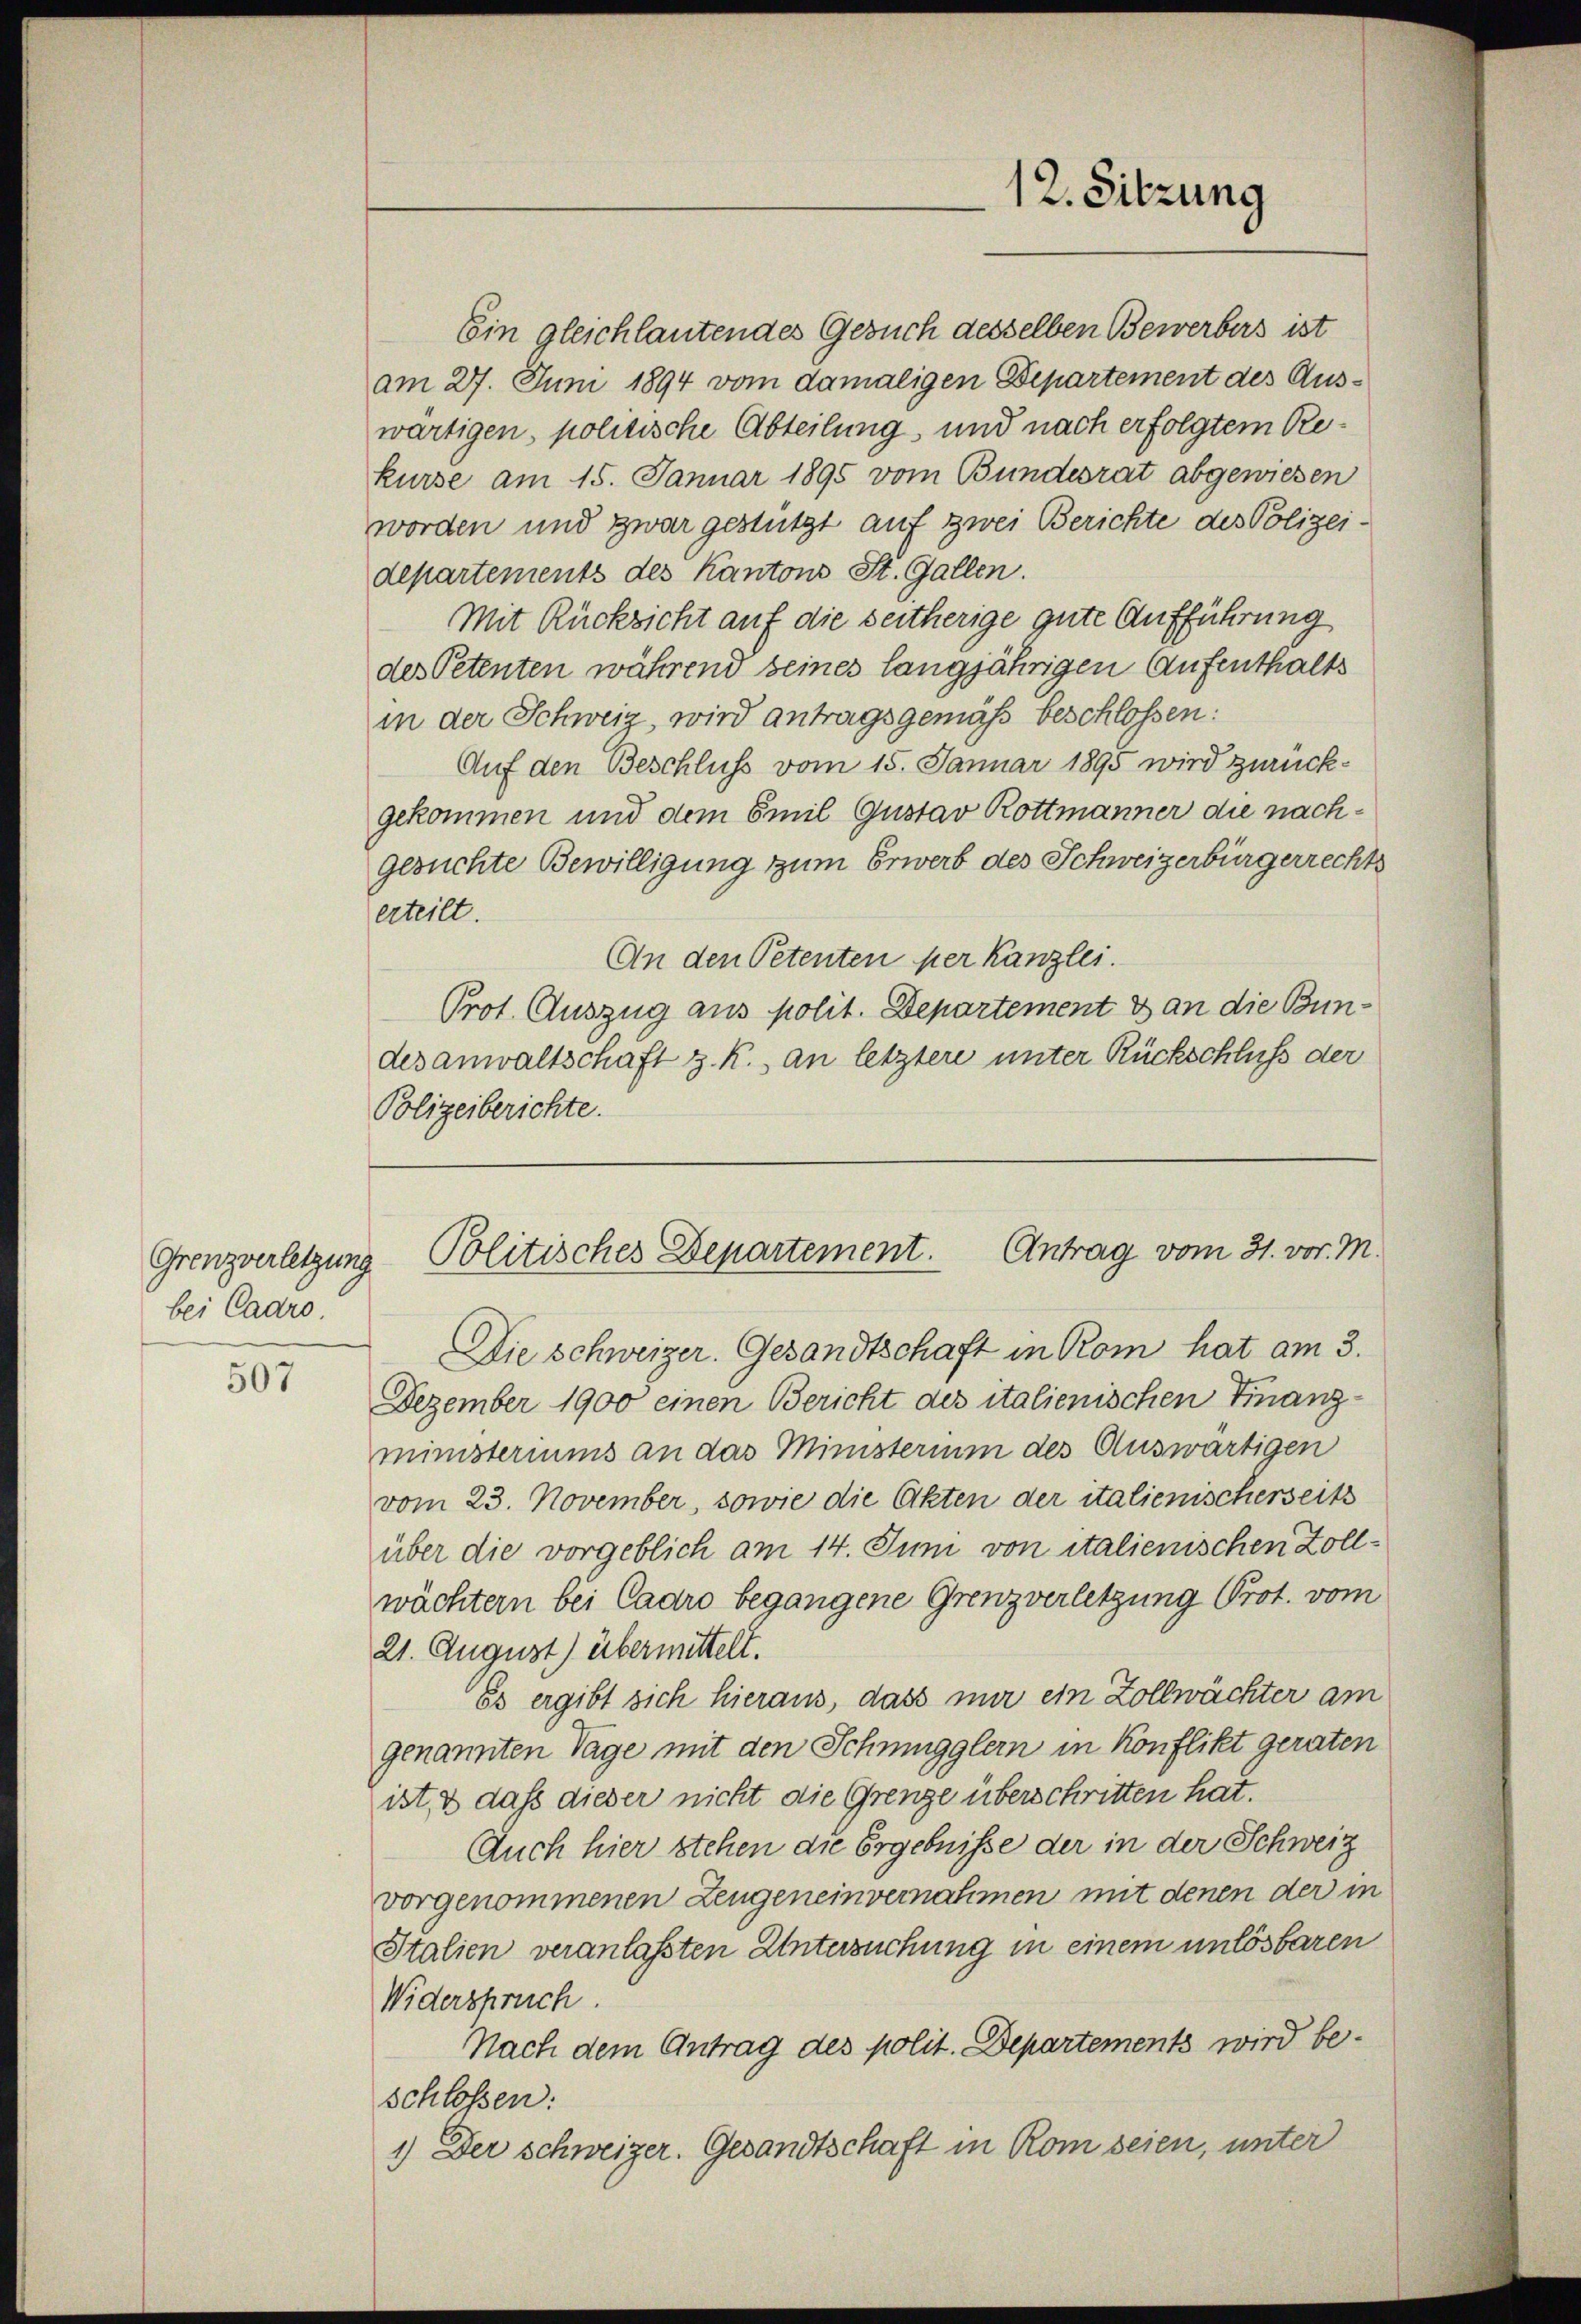
Grenzverletzung
bei Cadro.

507

Ein gleichlautendes Gesuch desselben Bewerbers ist
am 27. Juni 1894 vom damaligen Departement des Auswärtigen, politische Abteilung, und nach erfolgtem Rekurse am 15. Januar 1895 vom Bundesrat abgewiesen
worden und zwar gestützt auf zwei Berichte des Polizeidepartements des Kantons St. Gallen.
Mit Rücksicht auf die seitherige gute Aufführung
des Petenten während seines langjährigen Aufenthalts
in der Schweiz, wird antragsgemäß beschlossen:
Auf den Beschluss vom 15. Januar 1895 wird zurückgekommen und dem Emil Gustav Rottmänner die nachgesuchte Bewilligung zum Erwerb des Schweizerbürgerrechts
erteilt.
An den Petenten per Kanzlei.
Prot. Auszug aus polit. Departement & an die Bundesanwaltschaft z. K. an letztere unter Rückschluß der
Polizeiberichte.

12. Sitzung

Antrag vom 31. vor. M.
Politisches Departement.

Die schweizer. Gesandtschaft in Rom hat am 3.
Dezember 1900 einen Bericht des italienischen Finanzministeriums an das Ministerium des Auswärtigen
vom 23. November, sowie die Akten der italienischerseits
über die vorgeblich am 14. Juni von italienischen Zollwächtern bei Caaro begangene Grenzverletzung Prot. vom
21. August) übermittelt.
Es ergibt sich hieraus, dass mir ein Zollwächter am
genannten Tage mit den Schmugglern in Konflikt geraten
ist, & dass dieser nicht die Grenze überschritten hat.
Auch hier stehen die Ergebnisse der in der Schweiz
vorgenommenen Zeugeneinvernahmen mit denen der in
Italien veranlassten Untersuchung in einem unlösbaren
Widerspruch.
Nach dem Antrag des polit. Departements wird beschloßen:
1.) Der Schweizer. Gesandtschaft in Rom seien, unter